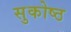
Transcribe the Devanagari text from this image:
सुकोष्ठ